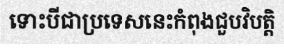
ទោះបីជាប្រទេសនេះកំពុងជួបវិបត្តិ